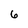
Character: 6